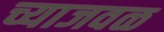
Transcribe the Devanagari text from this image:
च्याजवळ